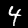
Label: 4